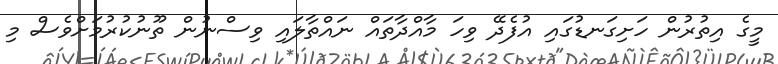
މީގެ އިތުރުން ހަށިގަނޑުގައި އުފެދޭ ވިހަ މާއްދާތައް ނައްތާލައި ވިސްނުން ތޫނުކުރުމަށްވެސް މި